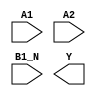
/**
 * Copyright 2020 The SkyWater PDK Authors
 *
 * Licensed under the Apache License, Version 2.0 (the "License");
 * you may not use this file except in compliance with the License.
 * You may obtain a copy of the License at
 *
 *     https://www.apache.org/licenses/LICENSE-2.0
 *
 * Unless required by applicable law or agreed to in writing, software
 * distributed under the License is distributed on an "AS IS" BASIS,
 * WITHOUT WARRANTIES OR CONDITIONS OF ANY KIND, either express or implied.
 * See the License for the specific language governing permissions and
 * limitations under the License.
 *
 * SPDX-License-Identifier: Apache-2.0
 */

`ifndef SKY130_FD_SC_HS__O21BAI_SYMBOL_V
`define SKY130_FD_SC_HS__O21BAI_SYMBOL_V

/**
 * o21bai: 2-input OR into first input of 2-input NAND, 2nd iput
 *         inverted.
 *
 *         Y = !((A1 | A2) & !B1_N)
 *
 * Verilog stub (without power pins) for graphical symbol definition
 * generation.
 *
 * WARNING: This file is autogenerated, do not modify directly!
 */

`timescale 1ns / 1ps
`default_nettype none

(* blackbox *)
module sky130_fd_sc_hs__o21bai (
    //# {{data|Data Signals}}
    input  A1  ,
    input  A2  ,
    input  B1_N,
    output Y
);

    // Voltage supply signals
    supply1 VPWR;
    supply0 VGND;

endmodule

`default_nettype wire
`endif  // SKY130_FD_SC_HS__O21BAI_SYMBOL_V